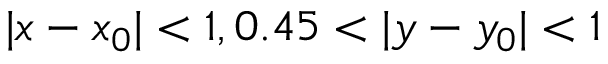
| x - x _ { 0 } | < 1 , 0 . 4 5 < | y - y _ { 0 } | < 1